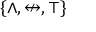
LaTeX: \{ \land , \nleftrightarrow , \top \}